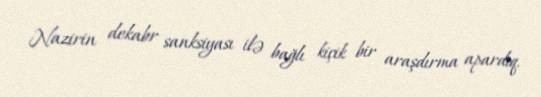
Nazirin dekabr sanksiyası ilə bağlı kiçik bir araşdırma apardıq.